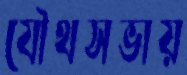
যৌথসভায়